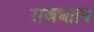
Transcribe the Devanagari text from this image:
राजधाान